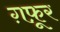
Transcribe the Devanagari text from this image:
ग़फ़ूर